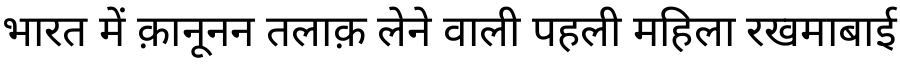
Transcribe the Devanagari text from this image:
भारत में क़ानूनन तलाक़ लेने वाली पहली महिला रखमाबाई